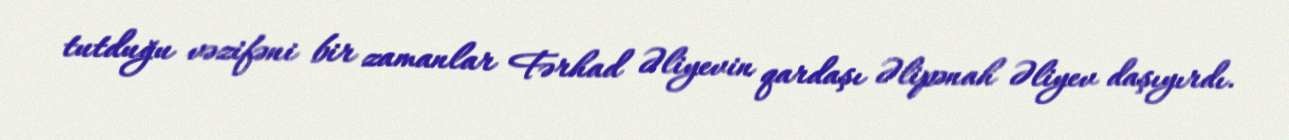
tutduğu vəzifəni bir zamanlar Fərhad Əliyevin qardaşı Əlipənah Əliyev daşıyırdı.